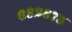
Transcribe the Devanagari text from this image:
६८२८७५